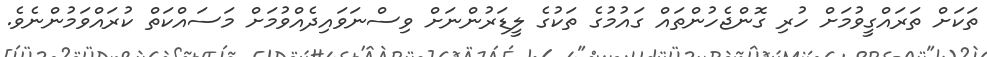
ތަކަށް ތަރައްގީވުމަށް ހުރި ގޮންޖެހުންތައް ގައުމުގެ ތަކުގެ ލީޑަރުންނަށް ވިސްނަވައިދެއްވުމަށް މަސައްކަތް ކުރައްވަމުންނެވެ.